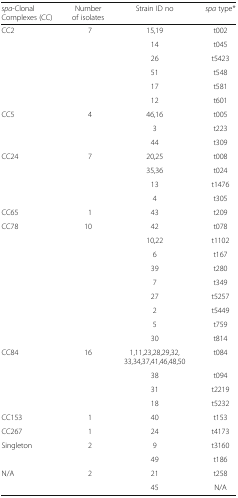
<table><thead><tr><td><b><i>spa</i>-Clonal Complexes (CC)</b></td><td><b>Number of isolates</b></td><td><b>Strain ID no</b></td><td><b><i>spa</i> type*</b></td></tr></thead><tbody><tr><td rowspan="6">CC2</td><td rowspan="6">7</td><td>15,19</td><td>t002</td></tr><tr><td>14</td><td>t045</td></tr><tr><td>26</td><td>t5423</td></tr><tr><td>51</td><td>t548</td></tr><tr><td>17</td><td>t581</td></tr><tr><td>12</td><td>t601</td></tr><tr><td rowspan="3">CC5</td><td rowspan="3">4</td><td>46,16</td><td>t005</td></tr><tr><td>3</td><td>t223</td></tr><tr><td>44</td><td>t309</td></tr><tr><td rowspan="4">CC24</td><td rowspan="4">7</td><td>20,25</td><td>t008</td></tr><tr><td>35,36</td><td>t024</td></tr><tr><td>13</td><td>t1476</td></tr><tr><td>4</td><td>t305</td></tr><tr><td>CC65</td><td>1</td><td>43</td><td>t209</td></tr><tr><td rowspan="9">CC78</td><td rowspan="9">10</td><td>42</td><td>t078</td></tr><tr><td>10,22</td><td>t1102</td></tr><tr><td>6</td><td>t167</td></tr><tr><td>39</td><td>t280</td></tr><tr><td>7</td><td>t349</td></tr><tr><td>27</td><td>t5257</td></tr><tr><td>2</td><td>t5449</td></tr><tr><td>5</td><td>t759</td></tr><tr><td>30</td><td>t814</td></tr><tr><td rowspan="4">CC84</td><td rowspan="4">16</td><td>1,11,23,28,29,32,33,34,37,41,46,48,50</td><td>t084</td></tr><tr><td>38</td><td>t094</td></tr><tr><td>31</td><td>t2219</td></tr><tr><td>18</td><td>t5232</td></tr><tr><td>CC153</td><td>1</td><td>40</td><td>t153</td></tr><tr><td>CC267</td><td>1</td><td>24</td><td>t4173</td></tr><tr><td rowspan="2">Singleton</td><td rowspan="2">2</td><td>9</td><td>t3160</td></tr><tr><td>49</td><td>t186</td></tr><tr><td rowspan="2">N/A</td><td rowspan="2">2</td><td>21</td><td>t258</td></tr><tr><td>45</td><td>N/A</td></tr></tbody></table>